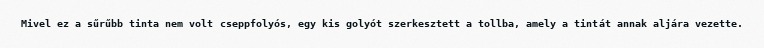
Mivel ez a sűrűbb tinta nem volt cseppfolyós, egy kis golyót szerkesztett a tollba, amely a tintát annak aljára vezette.